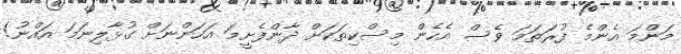
މަންމަ އެންމެ ފުރަތަމަ ވެސް އެހެން މިސްކިތަކަށް ދާންފެށީމަ އަހަންނަށް ގުޅާލިނަމަ އައްނު!